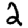
Digit: 2